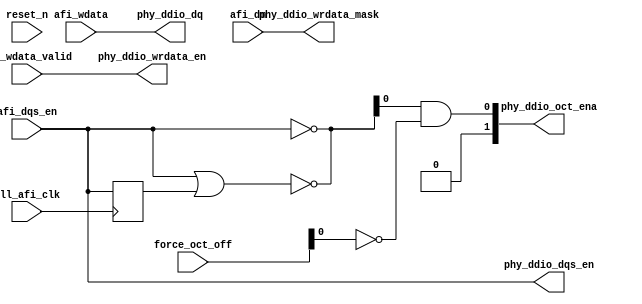
module ddr3_s4_uniphy_example_if0_p0_write_datapath(
	pll_afi_clk,
    reset_n,
	force_oct_off,
	phy_ddio_oct_ena,
	afi_dqs_en,
    afi_wdata,
    afi_wdata_valid,
    afi_dm,
    phy_ddio_dq,
	phy_ddio_dqs_en,
	phy_ddio_wrdata_en,
	phy_ddio_wrdata_mask	
);


parameter MEM_ADDRESS_WIDTH     = "";
parameter MEM_DM_WIDTH          = "";
parameter MEM_CONTROL_WIDTH     = "";
parameter MEM_DQ_WIDTH          = "";
parameter MEM_READ_DQS_WIDTH    = "";
parameter MEM_WRITE_DQS_WIDTH   = "";

parameter AFI_ADDRESS_WIDTH     = "";
parameter AFI_DATA_MASK_WIDTH   = "";
parameter AFI_CONTROL_WIDTH     = "";
parameter AFI_DATA_WIDTH        = "";
parameter AFI_DQS_WIDTH	        = "";
parameter NUM_WRITE_PATH_FLOP_STAGES = "";


input	pll_afi_clk;
input	reset_n;

input	[AFI_DQS_WIDTH-1:0] force_oct_off;
output	[AFI_DQS_WIDTH-1:0] phy_ddio_oct_ena;
input	[AFI_DQS_WIDTH-1:0]	afi_dqs_en;
input	[AFI_DATA_WIDTH-1:0]	afi_wdata;
input	[AFI_DQS_WIDTH-1:0]	afi_wdata_valid;
input	[AFI_DATA_MASK_WIDTH-1:0]   afi_dm;

output	[AFI_DATA_WIDTH-1:0]  phy_ddio_dq;
output	[AFI_DQS_WIDTH-1:0]   phy_ddio_dqs_en;
output	[AFI_DQS_WIDTH-1:0]   phy_ddio_wrdata_en;
output	[AFI_DATA_MASK_WIDTH-1:0]	phy_ddio_wrdata_mask;

wire	[AFI_DQS_WIDTH-1:0]   phy_ddio_dqs_en_pre_shift;
wire	[AFI_DATA_WIDTH-1:0]  phy_ddio_dq_pre_shift;
wire	[AFI_DQS_WIDTH-1:0]   phy_ddio_wrdata_en_pre_shift;
wire	[AFI_DATA_MASK_WIDTH-1:0]	phy_ddio_wrdata_mask_pre_shift;

generate
genvar stage;
if (NUM_WRITE_PATH_FLOP_STAGES == 0)
begin
	assign phy_ddio_dq_pre_shift = afi_wdata;
	assign phy_ddio_dqs_en_pre_shift = afi_dqs_en;
	assign phy_ddio_wrdata_en_pre_shift = afi_wdata_valid;
	assign phy_ddio_wrdata_mask_pre_shift = afi_dm;
end
else
begin
	reg	[AFI_DATA_WIDTH-1:0]  afi_wdata_r [NUM_WRITE_PATH_FLOP_STAGES-1:0];
	reg	[AFI_DQS_WIDTH-1:0]   afi_wdata_valid_r [NUM_WRITE_PATH_FLOP_STAGES-1:0] /* synthesis dont_merge */;
	reg	[AFI_DQS_WIDTH-1:0]   afi_dqs_en_r [NUM_WRITE_PATH_FLOP_STAGES-1:0];

	// phy_ddio_wrdata_mask is tied low during calibration
	// the purpose of the assignment is to avoid Quartus from connecting the signal to the sclr pin of the flop
	// sclr pin is very slow and causes timing failures
	(* altera_attribute = {"-name ALLOW_SYNCH_CTRL_USAGE OFF"}*) reg [AFI_DATA_MASK_WIDTH-1:0] afi_dm_r [NUM_WRITE_PATH_FLOP_STAGES-1:0];

	always @(posedge pll_afi_clk)
	begin
		afi_wdata_r[0] <= afi_wdata;
		afi_dqs_en_r[0] <= afi_dqs_en;
		afi_wdata_valid_r[0] <= afi_wdata_valid;
		afi_dm_r[0] <= afi_dm;
	end

	for (stage = 1; stage < NUM_WRITE_PATH_FLOP_STAGES; stage = stage + 1)
	begin : stage_gen
		always @(posedge pll_afi_clk)
		begin
			afi_wdata_r[stage] <= afi_wdata_r[stage-1];
			afi_dqs_en_r[stage] <= afi_dqs_en_r[stage-1];
			afi_wdata_valid_r[stage] <= afi_wdata_valid_r[stage-1];
			afi_dm_r[stage] <= afi_dm_r[stage-1];
		end
	end

	assign phy_ddio_dq_pre_shift = afi_wdata_r[NUM_WRITE_PATH_FLOP_STAGES-1];
	assign phy_ddio_dqs_en_pre_shift = afi_dqs_en_r[NUM_WRITE_PATH_FLOP_STAGES-1];
	assign phy_ddio_wrdata_en_pre_shift = afi_wdata_valid_r[NUM_WRITE_PATH_FLOP_STAGES-1];
	assign phy_ddio_wrdata_mask_pre_shift = afi_dm_r[NUM_WRITE_PATH_FLOP_STAGES-1];
	
end
endgenerate

wire [AFI_DQS_WIDTH-1:0] oct_ena;
reg [MEM_WRITE_DQS_WIDTH-1:0] dqs_en_reg;
always @(posedge pll_afi_clk)
	dqs_en_reg <= phy_ddio_dqs_en[AFI_DQS_WIDTH-1:MEM_WRITE_DQS_WIDTH];
assign oct_ena[AFI_DQS_WIDTH-1:MEM_WRITE_DQS_WIDTH] = ~phy_ddio_dqs_en[AFI_DQS_WIDTH-1:MEM_WRITE_DQS_WIDTH];
assign oct_ena[MEM_WRITE_DQS_WIDTH-1:0] = ~(phy_ddio_dqs_en[AFI_DQS_WIDTH-1:MEM_WRITE_DQS_WIDTH] | dqs_en_reg);
assign phy_ddio_oct_ena_pre_shift = oct_ena & ~force_oct_off;

 
	assign phy_ddio_dq = phy_ddio_dq_pre_shift;
	assign phy_ddio_wrdata_mask = phy_ddio_wrdata_mask_pre_shift;
	assign phy_ddio_wrdata_en = phy_ddio_wrdata_en_pre_shift;
	assign phy_ddio_dqs_en = phy_ddio_dqs_en_pre_shift;
	assign phy_ddio_oct_ena = phy_ddio_oct_ena_pre_shift;
  

endmodule